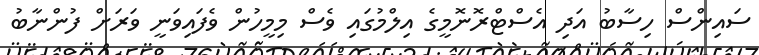
ސައިންސް ހިސާބު އަދި އެސްޓްރޮނޮމީގެ އިލްމުގައި ވެސް މިމީހުން ވެފައިވަނީ ވަރަށް ފުންނާބު